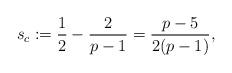
LaTeX: \begin{align*}s_c := \frac{1}{2} - \frac{2}{p-1} = \frac{p-5}{2(p-1)},\end{align*}